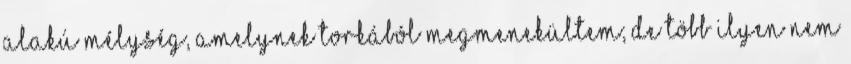
alakú mélység, amelynek torkából megmenekültem; de több ilyen nem